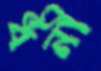
ধনী